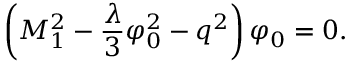
\left( M _ { 1 } ^ { 2 } - \frac { \lambda } { 3 } \varphi _ { 0 } ^ { 2 } - q ^ { 2 } \right) \varphi _ { 0 } = 0 .